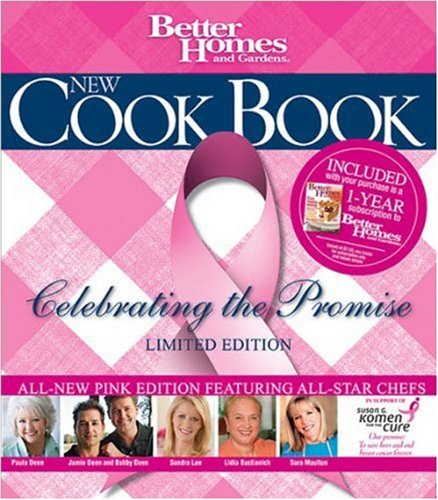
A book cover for Better Homes and Gardens New Cook Book: Celebrating the Promise, 14th Limited Edition "Pink Plaid"; Better Homes and Gardens; Cookbooks, Food & Wine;